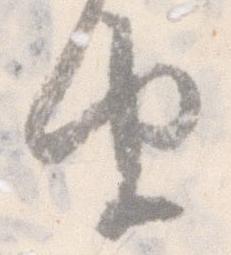
由